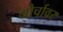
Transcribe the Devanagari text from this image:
मोर्चावर